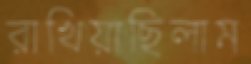
রাখিয়াছিলাম